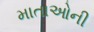
માતાઓની